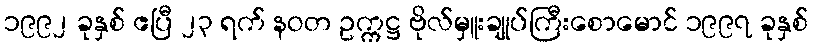
၁၉၉၂ ခုနှစ် ဧပြီ ၂၃ ရက် နဝတ ဥက္ကဋ္ဌ ဗိုလ်မှူးချုပ်ကြီးစောမောင် ၁၉၉၇ ခုနှစ်